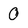
Character: 0